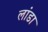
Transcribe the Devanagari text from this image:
लांडा